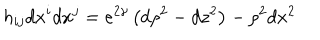
LaTeX: h _ { i j } d x ^ { i } d x ^ { j } = e ^ { 2 \gamma } \left( d \rho ^ { 2 } - d z ^ { 2 } \right) - \rho ^ { 2 } d x ^ { 2 }